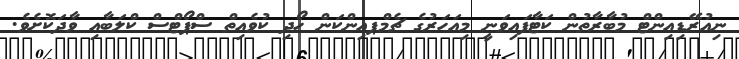
ނިއުރޭޑިއިންޓް މުބާރާތުން ކަޓާފައިވަނީ މިއަހަރުގެ ޗެމްޕއިންކަން ހޯދި ކުވެއިތް ސްޕޯޓްސް ކްލަބާއި ވާދަކޮށެވެ.